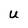
Character: U